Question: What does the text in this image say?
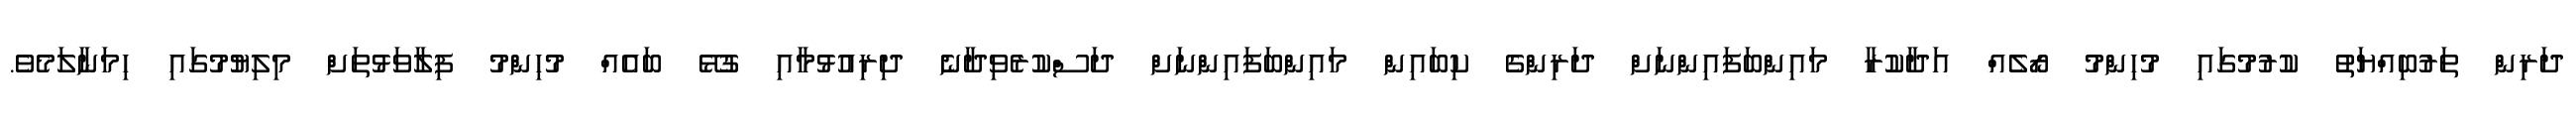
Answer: ދަރިން ތަރުބިއްޔަތު ކުރުމުގައި މުހިންމު ރޯލެއް އަދާކުރާ މައިންބަފައިންނަށް ދަރިންގެ ކިބައިން މައިންބަފައިންނަށް ދަސްކުރެވިދާނެ ދިރިއުޅުމާއި ގުޅޭ ބައެއް މުހިންމު ފިލާވަޅުތަށް މިލިޔުމުގައި ހިމަނާލަމެވެ.